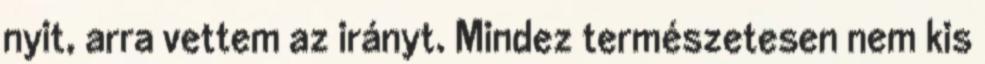
nyit, arra vettem az irányt. Mindez természetesen nem kis